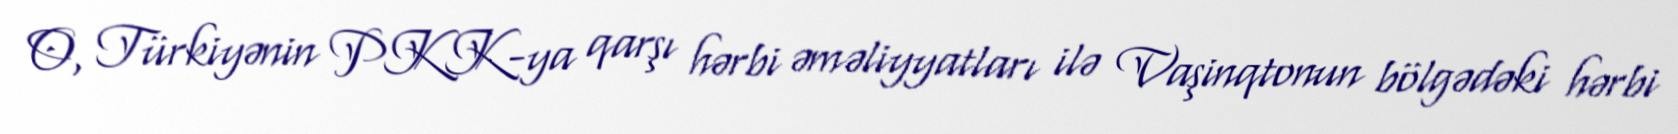
O, Türkiyənin PKK-ya qarşı hərbi əməliyyatları ilə Vaşinqtonun bölgədəki hərbi